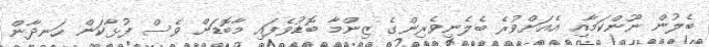
ބެލުން ނޫންކަމާއި އެއަށްވުރެ ބެލެނިވެރިންގެ ޒިންމާ ބޮޑުވެފައި މާބޮޑަށް ވެސް ފުޅާކަން ހަނދާން